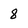
Character: 8